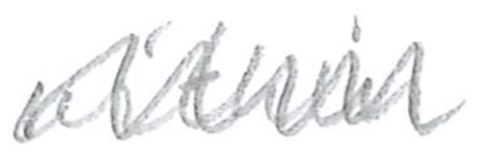
Text: within
Cross-out: zig-zag
Writing tool: pencil